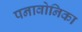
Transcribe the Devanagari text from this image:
पनावोनिका